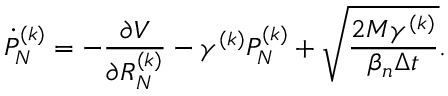
\dot { P } _ { N } ^ { ( k ) } = - \frac { \partial V } { \partial R _ { N } ^ { ( k ) } } - \gamma ^ { ( k ) } P _ { N } ^ { ( k ) } + \sqrt { \frac { 2 M \gamma ^ { ( k ) } } { \beta _ { n } \Delta t } } .